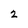
Character: 2